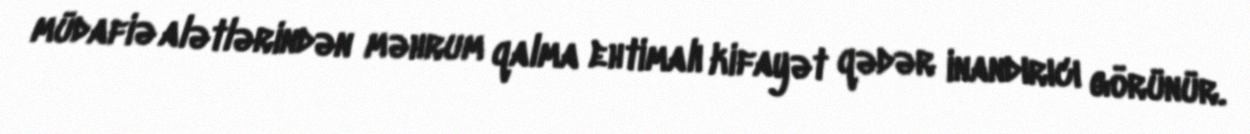
müdafiə alətlərindən məhrum qalma ehtimalı kifayət qədər inandırıcı görünür.